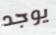
يوجد